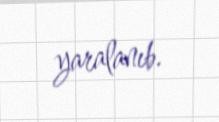
yaralanıb.